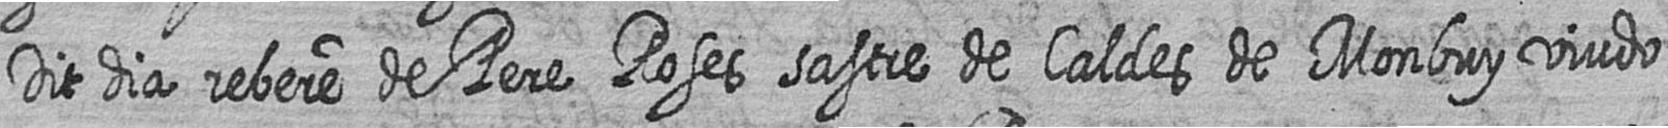
Dit dia rebere de Pere Roses sastre de Caldes de Monbuy viudo